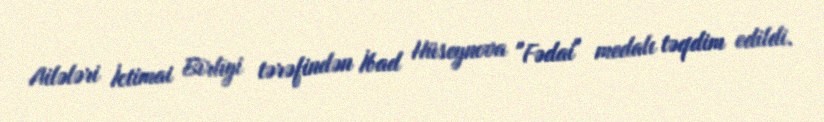
Ailələri İctimai Birliyi tərəfindən İbad Hüseynova "Fədai" medalı təqdim edildi.